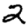
Digit: 2